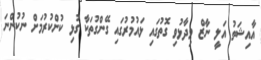
އާއިޝަތު އަލީ ނާޒް ވިދާޅުވި ގޮތުގައި ޅައުމުރުގައި ގޭންގުތަކާ ގުޅި ކުށްކުރުމަށް ނުކުންނަ